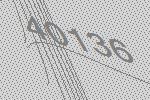
40136